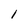
Character: I